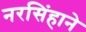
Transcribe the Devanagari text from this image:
नरसिंहाने